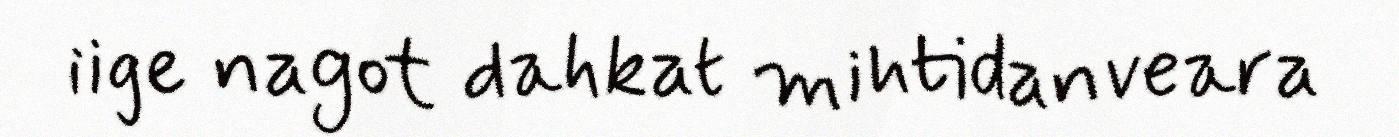
iige nagot dahkat mihtidanveara